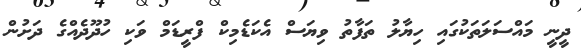
ދީނީ މައްސަލަތަކުގައި ހިޔާލު ތަފާތު ވިޔަސް އެކަޑެމިކް ފްރީޑަމް ވަކި ހުދޫދެއްގެ ދަށުން